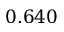
0 . 6 4 0